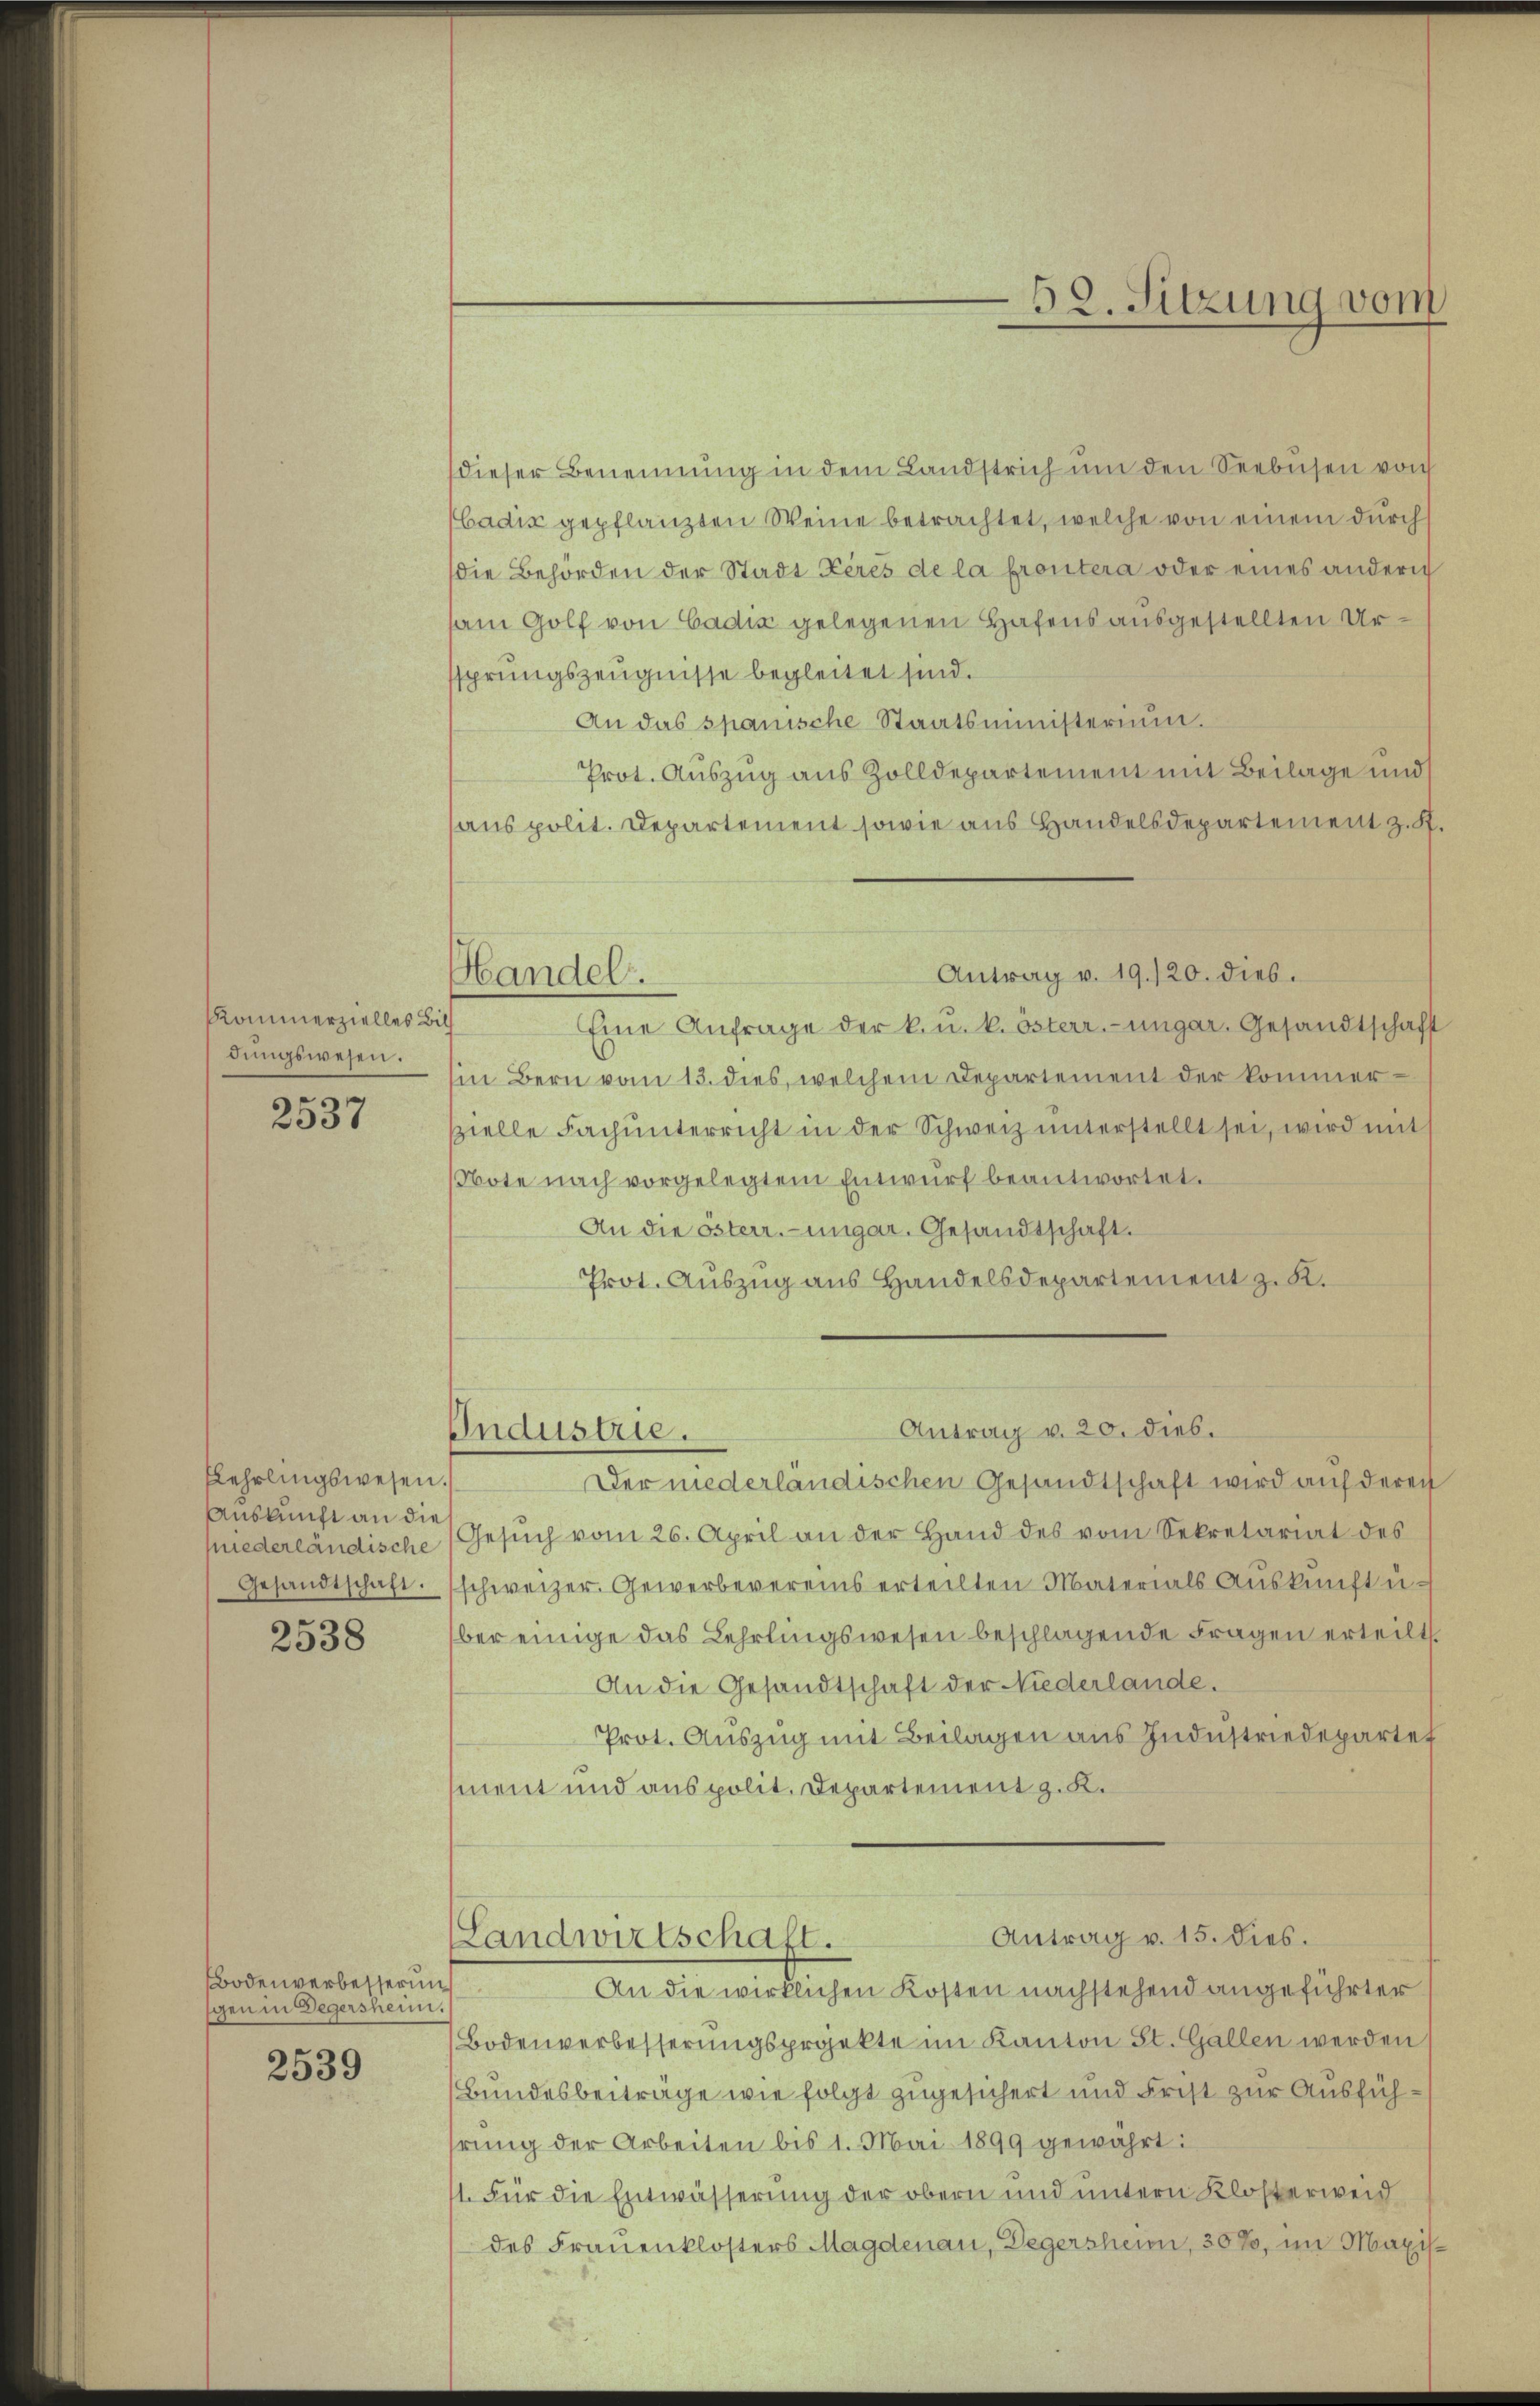
Kommerzielles Bil
dungswesen.

2537

Lehrlingswesen.
Auskunft an die

2538

Bodenverbesserung
gen in Degersheim.

2539

dieser Benennung in dem Landstrich ŭm den Seebüsen von
badis gepflanzten Weine betrachtet, welche von einem durch
die Behörden der Stadt Pères de la proutera oder eines andern
am Golf von Cadić gelegenen Hafens ausgestellten Ursprungszeugnisse begleitet sind.
An das spanische Staatsministerium.
Prot. Auszug aus Zolldepartement mit Beilage und
aus polit. Departement sowie aus Handelsdepartement z. S.
Eine Anfrage der k. u. k. österr.-ungar. Gesandtschaft
in Bern vom 13. dies, welchem Departement der kommer-
zielle Fachŭnterricht in der Schweiz unterstellt sei, wird mit
Note nach vorgelegtem Entwŭrf beantwortet.
An die österr.-ungar. Gesandtschaft.
Prot. Auszug aus Handelsdepartement z. K.
Antrag v. 20. dies.
Industrie.
Der niederländischen Gesandtschaft wird auf deren
hniederländische Gesŭch vom 26. April an der Hand des vom Sekretariat des
Gesandtschaft. (schweizer. Gewerbevereins erteilten Materials Aŭskŭnft u.
ber einige das Lehrlingswesen beschlagende Fragen erteilt
An die Gesandtschaft der Niederlande.
Prot. Auszug mit Beilagen aus Industriedepartet
ment und aus polit. Departement z. K.
Antrag v. 15. dies.
(Landwirtschaft.
An die wirklichen Kosten nachstehend angeführter
Bodenverbesserungsprojekte im Kanton St. Gallen werden
Bundesbeiträge wie folgt zugesichert und Frist zur Ausfühhrung der Arbeiten bis 1. Mai 1899 gewährt:
1. Für die Entwässerung der obern und untern Klosterweid
des Frauenklosters Magdenau, Degersheim, 307, im Maxis¬

Handel.

Antrag v. 19./20. dies.

52. Sitzung vom